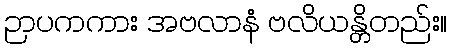
ဉာပကကား အဗလာနံ ဗလိယန္တိတည်း။